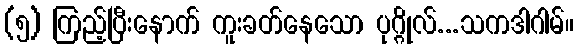
(၅) ကြည့်ပြီးနောက် ကူးခတ်နေသော ပုဂ္ဂိုလ်...သကဒါဂါမ်။